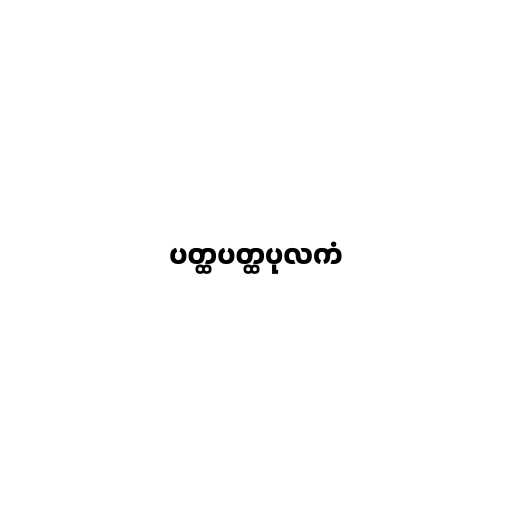
ပတ္ထပတ္ထပုလကံ